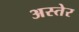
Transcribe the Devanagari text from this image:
अस्तेर